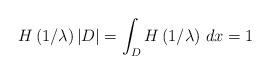
LaTeX: \begin{align*}H\left(1/{\lambda} \right) |D| = \int_D H\left(1/{\lambda} \right) \, dx =1\end{align*}